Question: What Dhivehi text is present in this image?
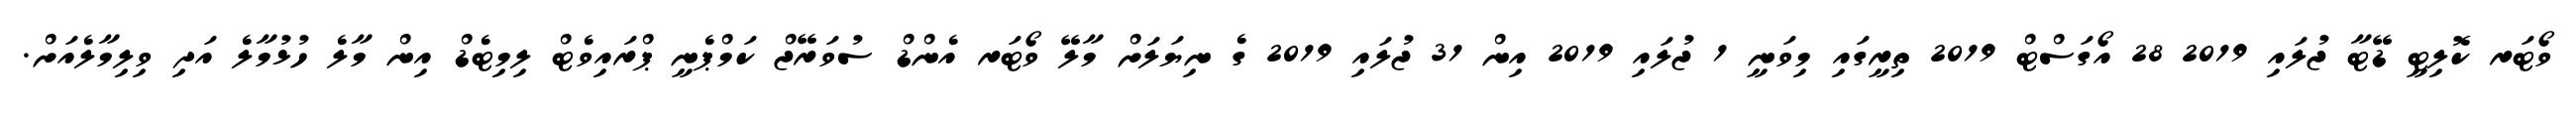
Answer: ވޯޓަރ ކޮލިޓީ ޑޭޓާ ޖުލައި 2019 28 އޯގަސްޓް 2019 ތިރީގައި މިވަނީ 1 ޖުލައި 2019 އިން 31 ޖުލައި 2019 ގެ ނިޔަލަށް މާލޭ ވޯޓަރ އެންޑް ސުވަރޭޖް ކަމްޕެނީ ޕްރައިވެޓް ލިމިޓެޑް އިން މާލެ ހުޅުމާލެ އަދި ވިލިމާލެއަށް.